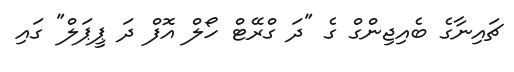
ޗައިނާގެ ބެއިޖިންގް ގެ "ދަ ގްރޭޓް ހޯލް އޮފް ދަ ޕީޕަލް" ގައި